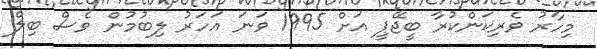
މިހާރު ވެރިކަންކުރާ ބީޖޭޕީ އަށް 1995 ވަނަ އަހަރު ލިބުމުން ވެސް ބިލް